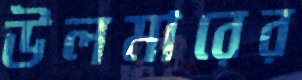
উলমারের